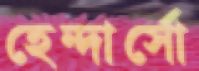
হেন্দার্সো